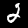
Label: 2